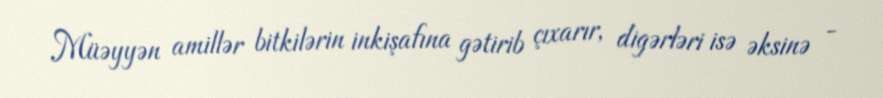
Müəyyən amillər bitkilərin inkişafına gətirib çıxarır, digərləri isə əksinə -